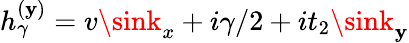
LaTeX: h_{\gamma}^{(\mathbf{y})}=v\sink_{x}+i\gamma/2+it_{2}\sink_{\mathbf{y}}